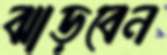
ঝাড়বেন